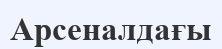
Арсеналдағы